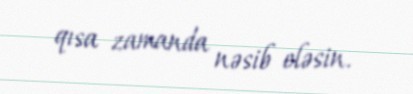
qısa zamanda nəsib eləsin.